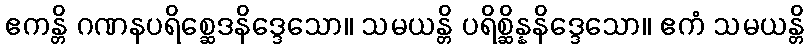
ဧကန္တိ ဂဏနပရိစ္ဆေဒနိဒ္ဒေသော။ သမယန္တိ ပရိစ္ဆိန္နနိဒ္ဒေသော။ ဧကံ သမယန္တိ